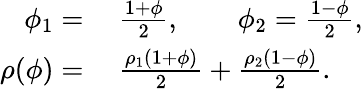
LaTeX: \begin{array}{rl}{\phi_{1}=}&{{}~\frac{1+\phi}{2},\quad\quad\phi_{2}=\frac{1-\phi}{2},}\\ {\rho(\phi)=}&{{}~\frac{\rho_{1}(1+\phi)}{2}+\frac{\rho_{2}(1-\phi)}{2}.}\end{array}